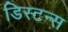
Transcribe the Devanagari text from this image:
डिस्‍टन्स